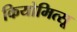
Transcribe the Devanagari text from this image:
कियोमित्सू